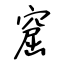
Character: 窟